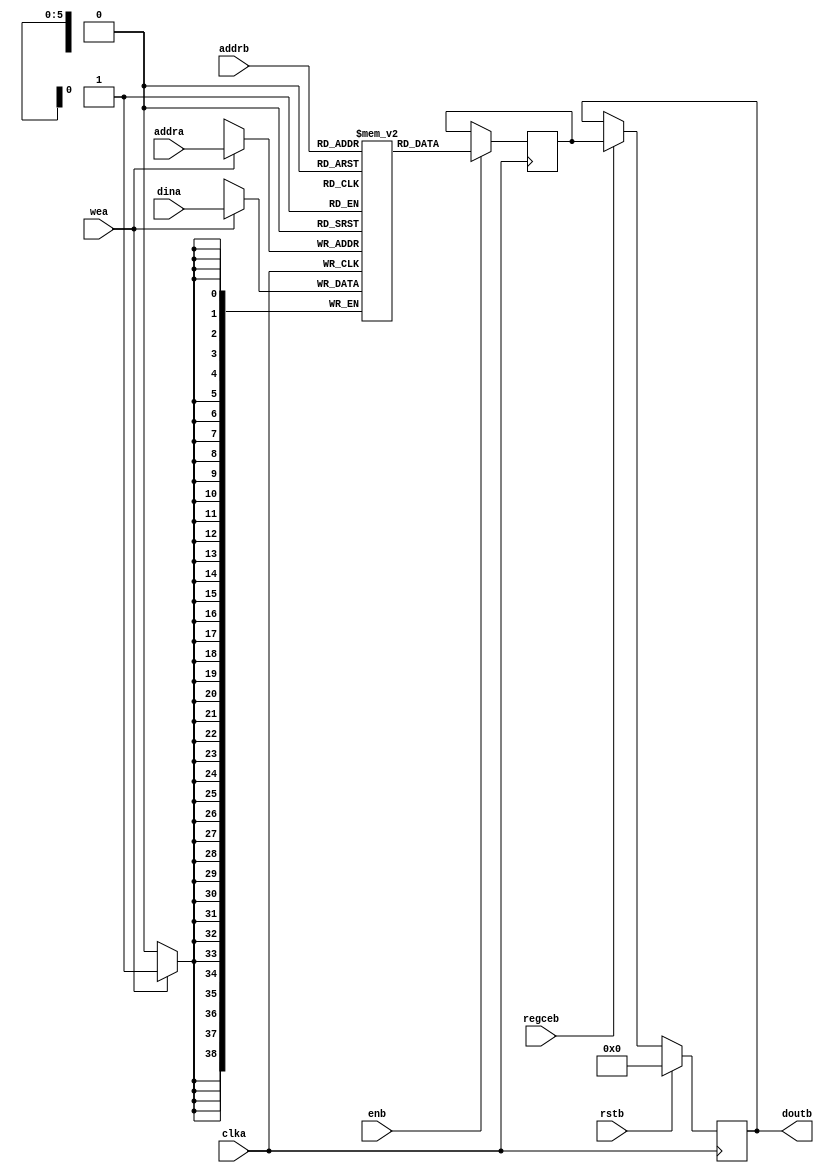
`timescale 1ns / 1ps
//////////////////////////////////////////////////////////////////////////////////
// Company: 
// Engineer: 
// 
// Design Name: 
// Module Name: text
// Project Name: 
// Target Devices: 
// Tool Versions: 
// Description: 
//      https://github.com/howardlau1999/flapga-mario/blob/master/src/text.v
// Dependencies: 
// 
// Revision:
// Revision 0.01 - File Created
// Additional Comments:
// 
//////////////////////////////////////////////////////////////////////////////////

//  Xilinx Simple Dual Port Single Clock RAM
//  This code implements a parameterizable SDP single clock memory.
//  If a reset or enable is not necessary, it may be tied off or removed from the code.

module text_ram #(
  parameter RAM_WIDTH = 39,                       // Specify RAM data width
  parameter RAM_DEPTH = 64,                      // Specify RAM depth (number of entries)
  parameter RAM_PERFORMANCE = "HIGH_PERFORMANCE", // Select "HIGH_PERFORMANCE" or "LOW_LATENCY" 
  parameter INIT_FILE = ""                        // Specify name/location of RAM initialization file if using one (leave blank if not)
) (
  input [clogb2(RAM_DEPTH-1)-1:0] addra, // Write address bus, width determined from RAM_DEPTH
  input [clogb2(RAM_DEPTH-1)-1:0] addrb, // Read address bus, width determined from RAM_DEPTH
  input [RAM_WIDTH-1:0] dina,          // RAM input data
  input clka,                          // Clock
  input wea,                           // Write enable
  input enb,                           // Read Enable, for additional power savings, disable when not in use
  input rstb,                          // Output reset (does not affect memory contents)
  input regceb,                        // Output register enable
  output [RAM_WIDTH-1:0] doutb         // RAM output data
);
(* ram_style="block" *)
  reg [RAM_WIDTH-1:0] BRAM [RAM_DEPTH-1:0];
  reg [RAM_WIDTH-1:0] ram_data = {RAM_WIDTH{1'b0}};

  // The following code either initializes the memory values to a specified file or to all zeros to match hardware
  generate
    if (INIT_FILE != "") begin: use_init_file
      initial
        $readmemb(INIT_FILE, BRAM);
    end else begin: init_bram_to_zero
      integer ram_index;
      initial
        for (ram_index = 0; ram_index < RAM_DEPTH; ram_index = ram_index + 1)
          BRAM[ram_index] = {RAM_WIDTH{1'b0}};
    end
  endgenerate

  always @(posedge clka) begin
    if (wea)
      BRAM[addra] <= dina;
    if (enb)
      ram_data <= BRAM[addrb];
  end

  //  The following code generates HIGH_PERFORMANCE (use output register) or LOW_LATENCY (no output register)
  generate
    if (RAM_PERFORMANCE == "LOW_LATENCY") begin: no_output_register

      // The following is a 1 clock cycle read latency at the cost of a longer clock-to-out timing
       assign doutb = ram_data;

    end else begin: output_register

      // The following is a 2 clock cycle read latency with improve clock-to-out timing

      reg [RAM_WIDTH-1:0] doutb_reg = {RAM_WIDTH{1'b0}};

      always @(posedge clka)
        if (rstb)
          doutb_reg <= {RAM_WIDTH{1'b0}};
        else if (regceb)
          doutb_reg <= ram_data;

      assign doutb = doutb_reg;

    end
  endgenerate

  //  The following function calculates the address width based on specified RAM depth
  function integer clogb2;
    input integer depth;
      for (clogb2=0; depth>0; clogb2=clogb2+1)
        depth = depth >> 1;
  endfunction

endmodule